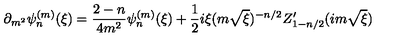
\partial _ { m ^ { 2 } } \psi _ { n } ^ { ( m ) } ( \xi ) = \frac { 2 - n } { 4 m ^ { 2 } } \psi _ { n } ^ { ( m ) } ( \xi ) + \frac { 1 } { 2 } i \xi ( m \sqrt { \xi } ) ^ { - n / 2 } Z _ { 1 - n / 2 } ^ { \prime } ( i m \sqrt { \xi } )